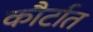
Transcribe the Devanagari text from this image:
कौर्टात